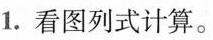
1.看图列式计算。